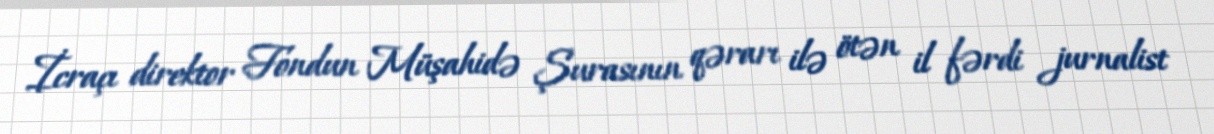
İcraçı direktor Fondun Müşahidə Şurasının qərarı ilə ötən il fərdi jurnalist